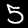
Digit: 5